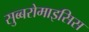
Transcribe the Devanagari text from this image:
सुब्बरोमाइसिस